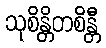
သုစိန္တိတစိန္တီ